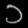
Digit: ၁